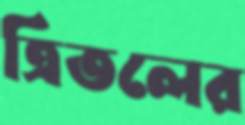
ত্রিতলের